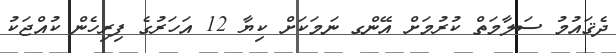
ދެޤައުމު ސަލާމަތް ކުރުމަށް އޭންގ ނަމަކަށް ކިޔާ 12 އަހަރުގެ ފިރިހެން ކުއްޖަކު